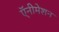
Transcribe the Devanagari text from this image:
ऍनीमेशन